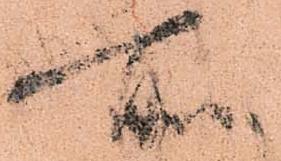
所